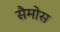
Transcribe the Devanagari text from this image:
सैमोस